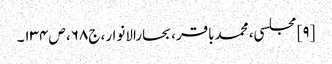
[۹] مجلسی، محمدباقر، بحارالانوار، ج۶۸، ص۱۳۴۔